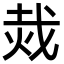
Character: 烖